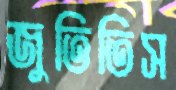
জুতিতিস